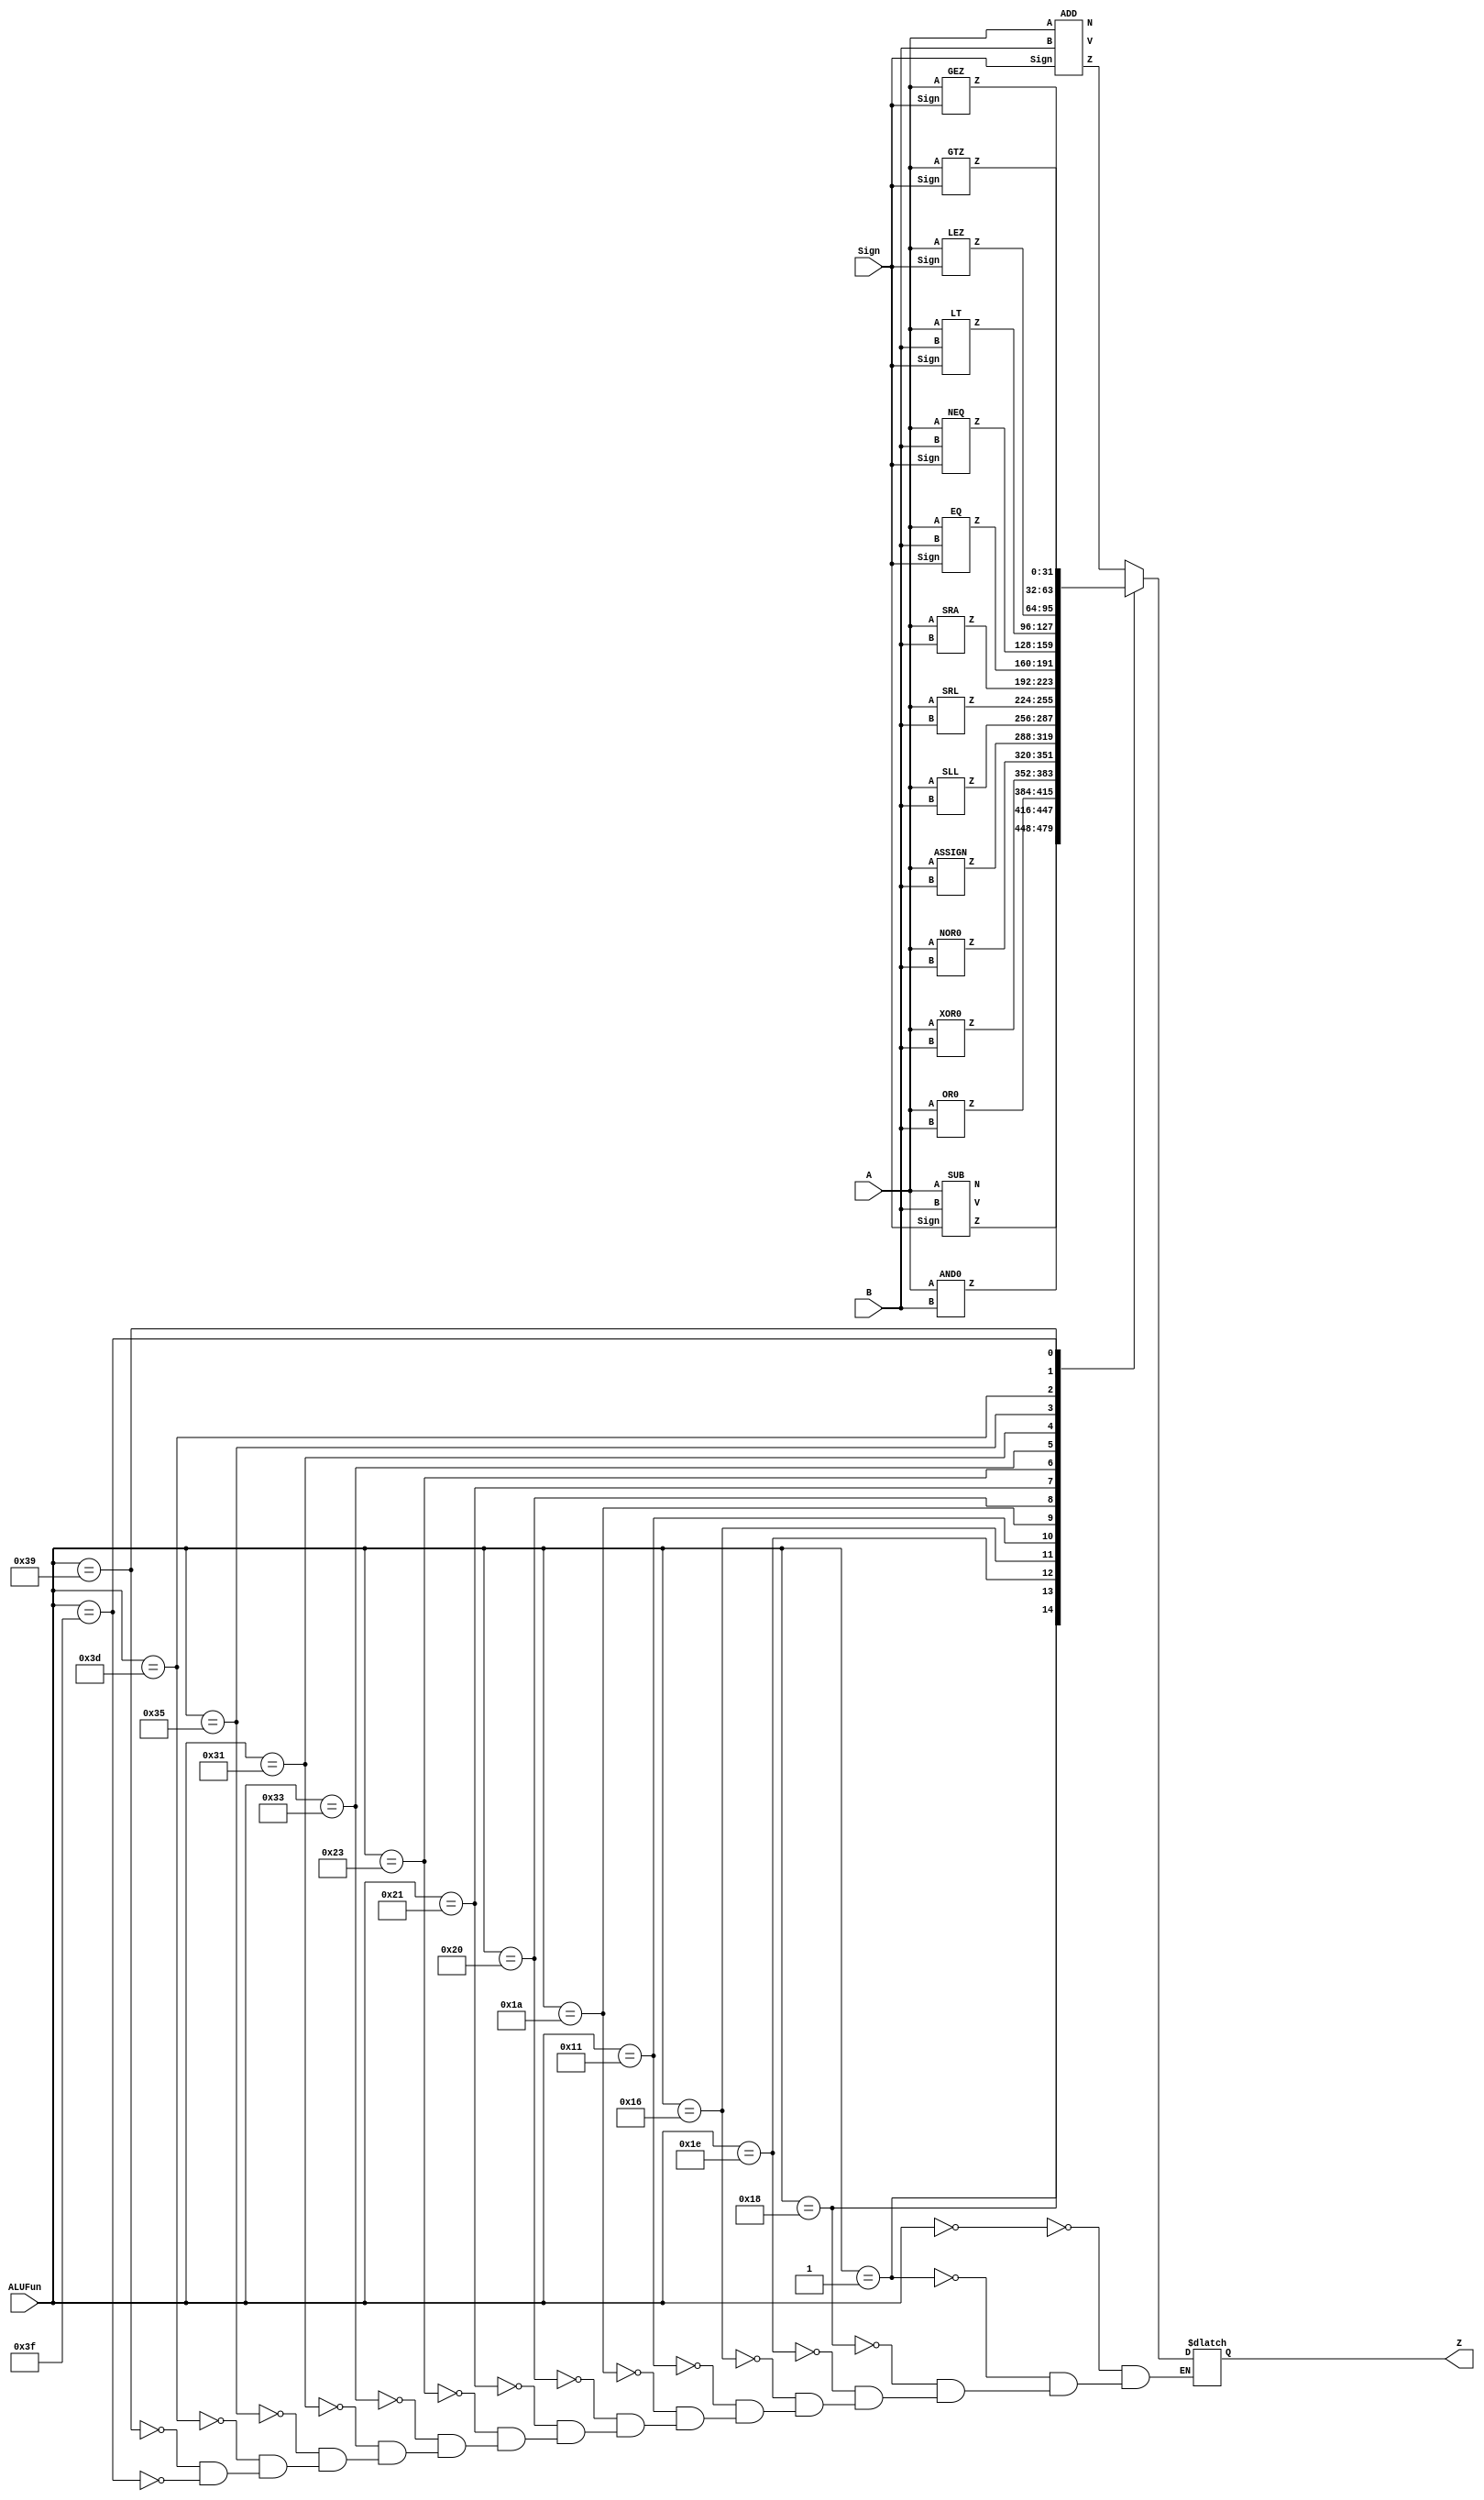
// ALU
module ALU(
  input  [31:0] A,
  input  [31:0] B,
  input  [5:0] ALUFun,
  input  Sign,
  output reg [31:0] Z
);
    wire [31:0] z, z_add, z_sub, z_and, z_or, z_xor, z_nor, z_sll;
    wire [31:0] z_srl, z_sra, z_eq, z_neq, z_lt, z_lez, z_gez, z_gtz;
    wire v_add, n_add, v_sub, n_sub;

    ADD add(A, B, Sign, z_add, v_add, n_add);
    SUB sub(A, B, Sign, z_sub, v_sub, n_sub);
    AND0 and0(A, B, z_and);              
    OR0 or0(A, B, z_or);                
    XOR0 xor0(A, B, z_xor);              
    NOR0 nor0(A, B, z_nor);              
    ASSIGN assign0(A, B, z);        
    SLL sll(A, B, z_sll);               
    SRL srl(A, B, z_srl);               
    SRA sra(A, B, z_sra);         
    EQ eq(A, B, Sign, z_eq);           
    NEQ neq(A, B, Sign, z_neq);        
    LT lt(A, B, Sign, z_lt);           
    LEZ lez(A, Sign, z_lez);            
    GEZ gez(A, Sign, z_gez);            
    GTZ gtz(A, Sign, z_gtz); 
    
    
  always @(*)
  begin
    case (ALUFun)
        6'b000000: Z <= z_add;
        6'b000001: Z <= z_sub;
        6'b011000: Z <= z_and;
        6'b011110: Z <= z_or;
        6'b010110: Z <= z_xor;
        6'b010001: Z <= z_nor;
        6'b011010: Z <= z;
        6'b100000: Z <= z_sll;
        6'b100001: Z <= z_srl;
        6'b100011: Z <= z_sra;
        6'b110011: Z <= z_eq;
        6'b110001: Z <= z_neq;
        6'b110101: Z <= z_lt;
        6'b111101: Z <= z_lez;
        6'b111001: Z <= z_gez;
        6'b111111: Z <= z_gtz;
    endcase
  end

endmodule





// AND
module AND0(
  input  [31:0] A,
  input  [31:0] B,
  output reg [31:0] Z
);
  always @(*)
  begin
    Z <= A&B;
  end
endmodule


// OR
module OR0(
  input  [31:0] A,
  input  [31:0] B,
  output reg [31:0] Z
);
  always @(*)
  begin
    Z <= A|B;
  end
endmodule


// XOR
module XOR0(
  input  [31:0] A,
  input  [31:0] B,
  output reg [31:0] Z
);
  always @(*)
  begin
    Z <= A^B;
  end
endmodule


// NOR
module NOR0(
  input  [31:0] A,
  input  [31:0] B,
  output reg [31:0] Z
);
  always @(*)
  begin
    Z <= ~(A|B);
  end
endmodule


// ASSIGN
module ASSIGN(
  input  [31:0] A,
  input  [31:0] B,
  output reg [31:0] Z
);
  always @(*)
  begin
    Z <= A;
  end
endmodule              


// SLL
module SLL(
  input  [31:0] A,
  input  [31:0] B,
  output reg [31:0] Z
);
  always @(*)
  begin
    Z = B<<A[4:0];
  end
endmodule


// SRL
module SRL(
  input  [31:0] A,
  input  [31:0] B,
  output reg [31:0] Z
);
always @(*)
begin
  Z = B>>A[4:0];
end
endmodule 
 

// SRA
module SRA(
  input  [31:0] A,
  input  [31:0] B,
  output reg [31:0] Z
);
  always @(*)
  begin
      Z = B>>>A[4:0];
  end
endmodule


// EQ
module EQ(
  input  [31:0] A,
  input  [31:0] B,
  input  Sign,
  output reg [31:0] Z
);
  wire [31:0] sub;
  wire V;
  wire N;

  SUB sub1(A, B, Sign, sub, V, N);
  always @(*)
  begin 
  if (sub==0)
      Z <= 1;
  else
      Z <= 0;
  end
endmodule


// NEQ
module NEQ(
  input  [31:0] A,
  input  [31:0] B,
  input  Sign,
  output reg [31:0] Z
);
  wire [31:0] sub;
  wire V;
  wire N;

  SUB sub1(A, B, Sign, sub, V, N);
  always @(*)
  begin  
  if (sub==0)
      Z <= 0;
  else
      Z <= 1;
  end
endmodule


// LT
module LT(
  input  [31:0] A,
  input  [31:0] B,
  input  Sign,
  output reg [31:0] Z
);
  wire [31:0] sub;
  wire V;
  wire N;

  SUB sub1(A, B, Sign, sub, V, N);
  always @(*)
  begin  
  if (N > 0)
      Z <= 1;
  else
      Z <= 0;
  end
endmodule


// LEZ
module LEZ(
  input  [31:0] A,
  input  Sign,
  output reg [31:0] Z
);
  wire [31:0] sub;
  wire V;
  wire N;

  SUB sub1(A, 0, Sign, sub, V, N);
  always @(*)
  begin  
  if (sub==0 || N > 0)
      Z <= 1;
  else
      Z <= 0;
  end
endmodule


// GEZ
module GEZ(
  input  [31:0] A,
  input  Sign,
  output reg [31:0] Z
);
  wire [31:0] sub;
  wire V;
  wire N;

  SUB sub1(A, 0, Sign, sub, V, N);
  always @(*)
  begin  
  if (sub==0 || N == 0)
      Z <= 1;
  else
      Z <= 0;
  end
endmodule


// GTZ
module GTZ(
  input  [31:0] A,
  input  Sign,
  output reg [31:0] Z
);
  wire [31:0] sub;
  wire V;
  wire N;

  SUB sub1(A, 0, Sign, sub, V, N);
  always @(*)
  begin  
  if (N == 0)
      Z <= 1;
  else
      Z <= 0;
  end
endmodule



// ADD
module ADD(
  input  [31:0] A, 
  input  [31:0] B,
  input  Sign, 
  output reg [31:0] Z,
  output reg V,
  output reg N
);
  
  reg [32:0] a;
  reg [32:0] b;
  reg [32:0] z;

  always @(*)
  begin
    if (Sign == 0)
    begin
      a <= A;
      b <= B;
      z <= a+b;
      Z <= z;
      V <= z[32];
    end
   
    else
    begin
      Z <= A+B;
      
      // both positive
      if (A[31]||B[31] == 0)
          V <= Z[31];              
      
      // both negative
      else if (A[31]&&B[31])
        begin
          N <= 1;
          V <= ~Z[31];
        end

      // one positive, the other negative
      else 
          N <= Z[31];
     end
  end
     
endmodule



// SUB
module SUB(
  input  [31:0] A, 
  input  [31:0] B,
  input  Sign, 
  output reg [31:0] Z,
  output reg V,
  output reg N
);
  
  reg [31:0] B1;
  reg [32:0] a;
  reg [32:0] b;
  reg [32:0] z;
  
  always @(*)
    begin
      if (Sign == 0)
      begin
        a <= A;
        B1 <= ~B;
        b <= B1+32'b1;
        z <= A+b;   
         
        V <= !z[32];
        N <= !z[32];
      end
     
      else
      begin
        B1 <= ~B + 32'b1;
        Z <= A+B1;
 
        // A negative, B positive 
        if (A[31]==1 && B[31]==0)
        begin
          N <= 1;
          V <= ~Z[31];
        end
        
        // A positive, B negative
        else if (A[31]==0 && B[31]==1)
        begin
            V <= Z[31]; 
            N <= 0;
        end
        

        // both positive or both negative
        else 
            N <= Z[31]; 
      end
    end
 
endmodule